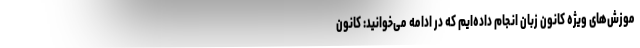
موزش‌های ویژه کانون زبان انجام داده‌ایم که در ادامه می‌خوانید: کانون